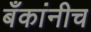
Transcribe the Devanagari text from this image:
बँकांनीच